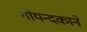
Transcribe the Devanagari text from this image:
गोयन्‍दकाने